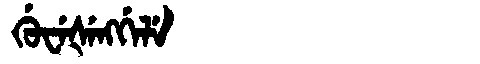
Manchu: ᡤᡠᠸᡝᡧᡝᠩᡤᡝᠯᡝ
Romanization: GUWEŠENGGELE